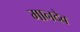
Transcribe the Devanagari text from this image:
मानदेव